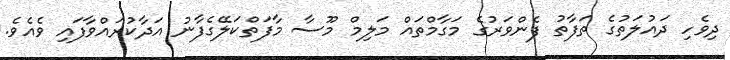
ދިވެހި ދައުލަތުގެ ތަފާތު ފެންވަރުގެ މަގާމްތައް މަލިމް މޫސާ މާފަތްކަލޭގެފާނު އަދާކުރައްވާފައި ވެއެވެ.